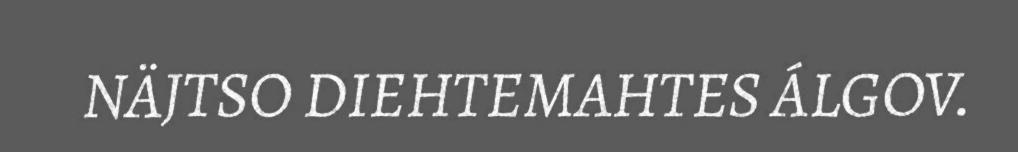
NÄJTSO DIEHTEMAHTES ÁLGOV.